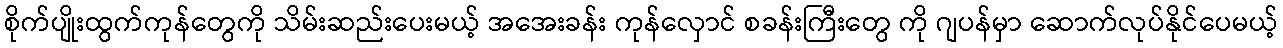
စိုက်ပျိုးထွက်ကုန်တွေကို သိမ်းဆည်းပေးမယ့် အအေးခန်း ကုန်လှောင် စခန်းကြီးတွေ ကို ဂျပန်မှာ ဆောက်လုပ်နိုင်ပေမယ့်